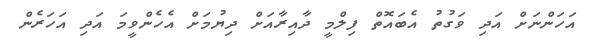
އަހަންނަށް އަދި ވަގުތު އެބައޮތް ފިލްމީ ދާއިރާއަށް ދިޔުމަށް އެހެންވީމަ އަދި އަހަރެން